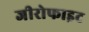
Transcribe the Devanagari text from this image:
जीरोफाइट